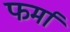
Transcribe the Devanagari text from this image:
फर्मां